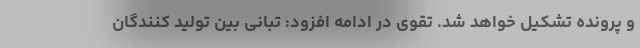
و پرونده تشکیل خواهد شد. تقوی در ادامه افزود: تبانی بین تولید کنندگان